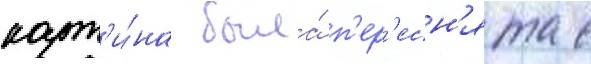
карт'и́на была́ п'ер'есн'ята с